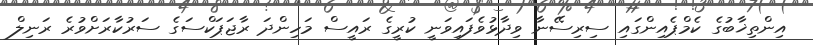
އިންތިޚާބުގެ ކެމްޕެއިންގައި ސިރިސޭނާ ވިދާޅުވެފައިވަނީ ކުރީގެ ރައީސް މަހިންދަ ރާޖަޕަކްސަގެ ސަރުކާރަށްވުރެ ރަނިލް